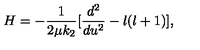
H = - \frac { 1 } { 2 \mu k _ { 2 } } [ \frac { d ^ { 2 } } { d u ^ { 2 } } - l ( l + 1 ) ] ,